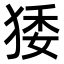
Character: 㹻